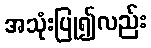
အသုံးပြု၍လည်း